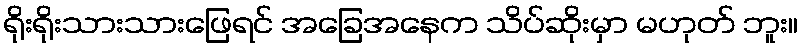
ရိုးရိုးသားသားဖြေရင် အခြေအနေက သိပ်ဆိုးမှာ မဟုတ် ဘူး။